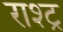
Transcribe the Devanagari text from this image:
राश्ट्र